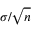
\sigma / { \sqrt { n } }